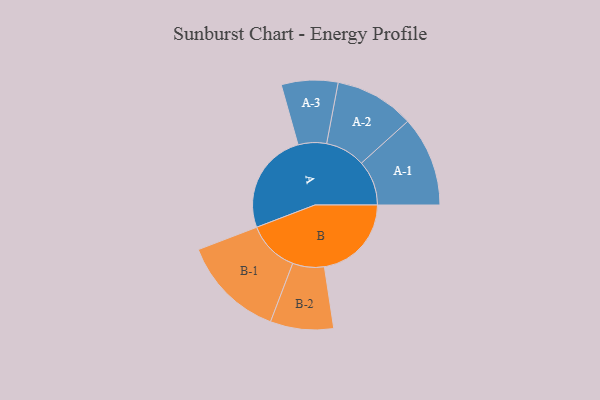
{"axis": {"x": "Segment", "y": "Value"}, "legend": ["", "A", "B"], "data": [{"x": "A", "y": 371, "type": ""}, {"x": "B", "y": 317, "type": ""}, {"x": "A-1", "y": 164, "type": "A"}, {"x": "A-2", "y": 145, "type": "A"}, {"x": "A-3", "y": 103, "type": "A"}, {"x": "B-1", "y": 188, "type": "B"}, {"x": "B-2", "y": 115, "type": "B"}]}